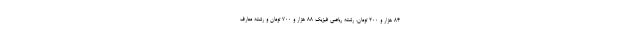
۸۴ هزار و ۲۰۰ تومان، رشته ریاضی فیزیک ۸۸ هزار و ۷۰۰ تومان و رشته معارف